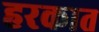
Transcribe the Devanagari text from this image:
हरकात